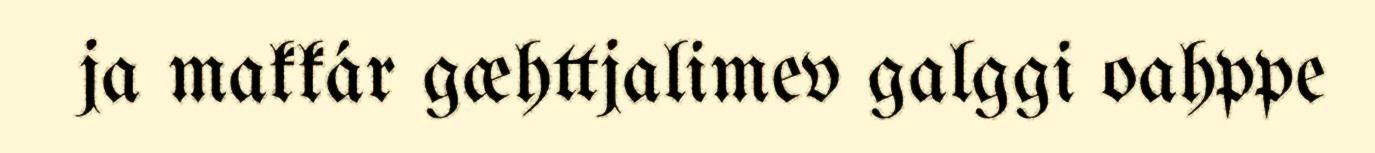
ja makkár gæhttjalimev galggi oahppe